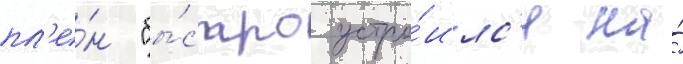
пл'е́н "бы́стро устро́илс'я на́